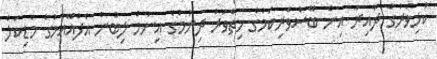
ކުޅިވަރުގެ ދާއިރާ އިން ބޭސްވެރިކަމުގެ ހިތްވަރު ދިނުމުގެ އިނާމް ލިބުނު އެފްއޭއެމްގެ މެޑިކަލް